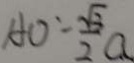
A O = \frac { \sqrt { 3 } } { 2 } a